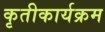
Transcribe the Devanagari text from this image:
कृतीकार्यक्रम